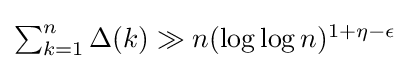
\textstyle \sum _{k=1}^{n}\Delta (k)\gg n(\log \log n)^{1+\eta -\epsilon }